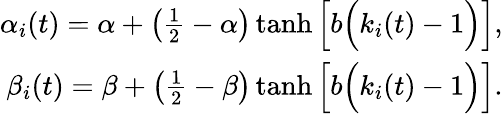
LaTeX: \begin{array}{r}{\alpha_{i}(t)=\alpha+\left(\frac{1}{2}-\alpha\right)\operatorname{tanh}\Big[b\Big(k_{i}(t)-1\Big)\Big],}\\ {\beta_{i}(t)=\beta+\left(\frac{1}{2}-\beta\right)\operatorname{tanh}\Big[b\Big(k_{i}(t)-1\Big)\Big].}\end{array}